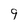
Character: 9